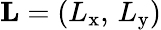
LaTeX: \mathbf{L}=(L_{\mathrm{x}},\, L_{\mathrm{y}})